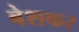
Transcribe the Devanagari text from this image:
बेशकर